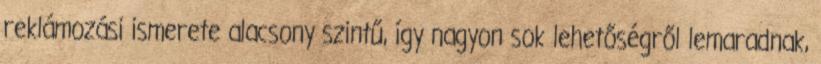
reklámozási ismerete alacsony szintű, így nagyon sok lehetőségről lemaradnak,